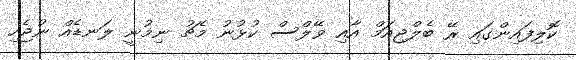
ކޮލިފައިންގައި ރޭ ބެލްޖިއަމް އާއި ވޭލްސް ކުޅުނު މެޗު ނިމުނީ ލަނޑެއް ނުޖެހި